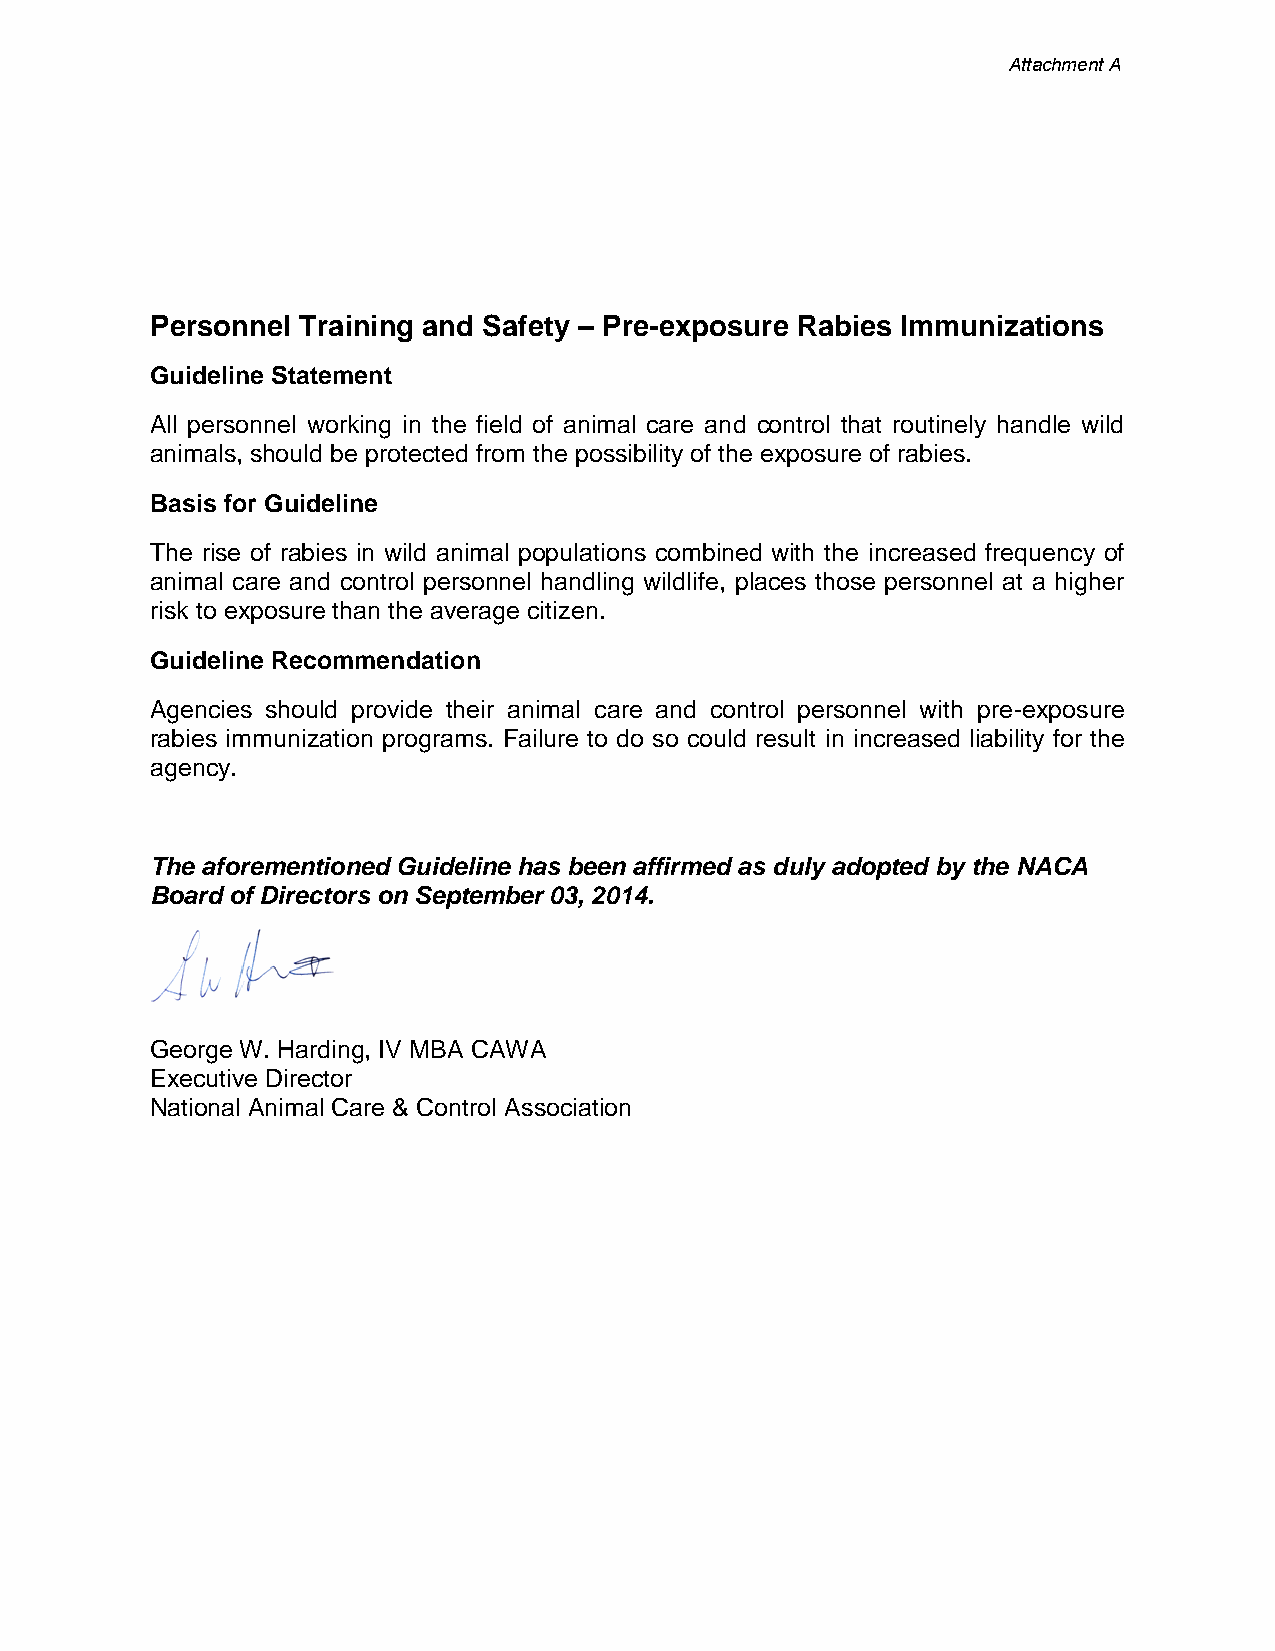
Attachment A
 Personnel Training and Safety – Pre-exposure Rabies Immunizations
 Guideline Statement
 All personnel working in the field of animal care and control that routinely handle wild
 animals, should be protected from the possibility of the exposure of rabies.
 Basis for Guideline
 The rise of rabies in wild animal populations combined with the increased frequency of
 animal care and control personnel handling wildlife, places those personnel at a higher
 risk to exposure than the average citizen.
 Guideline Recommendation
 Agencies should provide their animal care and control personnel with pre-exposure
 rabies immunization programs. Failure to do so could result in increased liability for the
 agency.
 The aforementioned Guideline has been affirmed as duly adopted by the NACA
 Board of Directors on September 03, 2014.
 George W. Harding, IV MBA CAWA
 Executive Director
 National Animal Care & Control Association